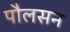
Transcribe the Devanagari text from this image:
पौलसन